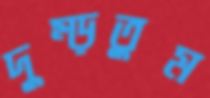
দুম্‌ড়তুম